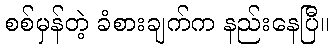
စစ်မှန်တဲ့ ခံစားချက်က နည်းနေပြီ။